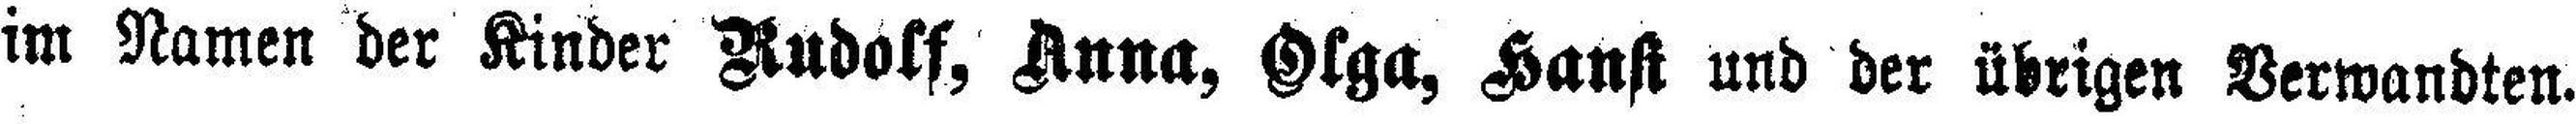
im Namen der Kinder Rudolf, Anna, Olga, Haust und der übrigen Verwandten.